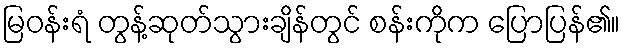
မြဝန်းရံ တွန့်ဆုတ်သွားချိန်တွင် စန်းကိုက ပြောပြန်၏။